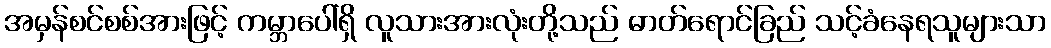
အမှန်စင်စစ်အားဖြင့် ကမ္ဘာပေါ်ရှိ လူသားအားလုံးတို့သည် ဓာတ်ရောင်ခြည် သင့်ခံနေရသူများသာ